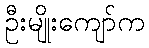
ဦးမျိုးကျော်က